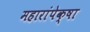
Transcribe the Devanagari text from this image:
महारांपेक्षा